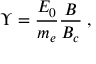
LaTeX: \Upsilon = \frac { E _ { 0 } } { m _ { e } } \frac { B } { B _ { c } } \; ,